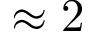
\approx 2